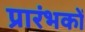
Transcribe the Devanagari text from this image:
प्रारंभकों